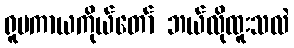
ရူပကာယကိုယ်တော် ဘယ်လိုထူးသလဲ